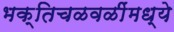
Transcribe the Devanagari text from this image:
भक्तिचळवळींमध्ये